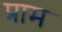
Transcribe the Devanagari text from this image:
प्राम